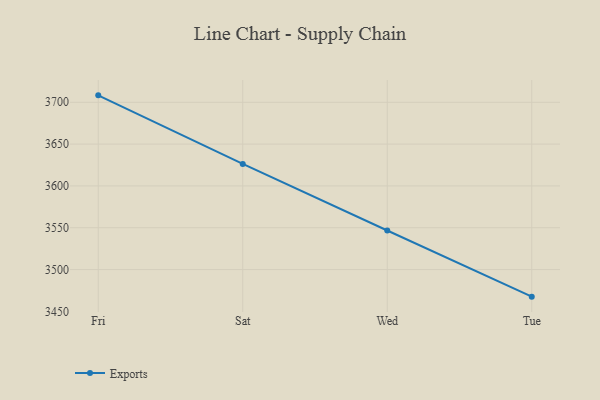
{"axis": {"x": "Day", "y": "Revenue (USD Million)"}, "legend": ["Exports"], "data": [{"x": "Fri", "y": 3708.3, "type": "Exports"}, {"x": "Sat", "y": 3626.3, "type": "Exports"}, {"x": "Wed", "y": 3546.7, "type": "Exports"}, {"x": "Tue", "y": 3467.6, "type": "Exports"}]}